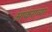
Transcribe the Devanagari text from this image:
आकराव्या